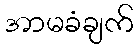
အာမခံချက်